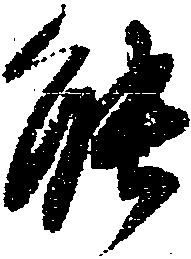
能